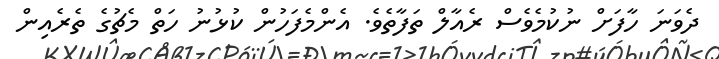
ދެވަނަ ހާފަށް ނުކުމެވެސް ރެއާލް ތަފާތެވެ. އެންމެފަހުން ކުޅުނު ހަތް މެޗުގެ ތެރެއިން